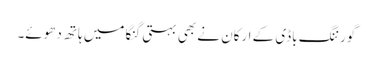
گورننگ باڈی کے ارکان نے بھی بہتی گنگا میں ہاتھ دھوئے۔